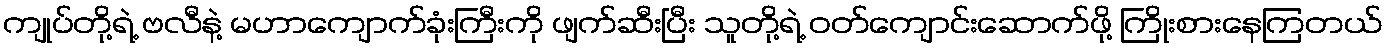
ကျုပ်တို့ရဲ့ ဗလီနဲ့ မဟာကျောက်ခုံးကြီးကို ဖျက်ဆီးပြီး သူတို့ရဲ့ ဝတ်ကျောင်းဆောက်ဖို့ ကြိုးစားနေကြတယ်